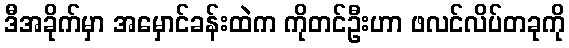
ဒီအခိုက်မှာ အမှောင်ခန်းထဲက ကိုတင်ဦးဟာ ဖလင်လိပ်တခုကို